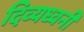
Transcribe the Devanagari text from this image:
दिव्यध्वनी